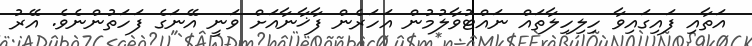
އަތާއި ފައިގައިވާ ހިލިހިލާތައް ނައްޓުވާލުމުން އަހަރެން ފާޚާނާއަށް ވަނީ އޭނަގެ ފަހަތުންނެވެ. އޭރު